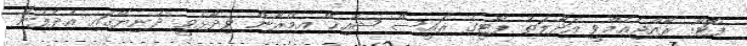
ފޮޓޯ: ރާއްޖެއެމްވީ އަދާލަތު ޕާޓީގެ ރައީސް ޝެއިޚް އިމްރާން ވިދާޅުވީ ދުނިޔޭގައި އުދެފުނު